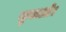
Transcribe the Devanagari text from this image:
सुनाओ।